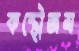
কন্থৌজম